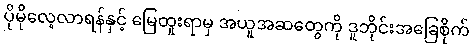
ပိုမိုလေ့လာရန်နှင့် မြေတူးရာမှ အယူအဆတွေကို ဒူဘိုင်းအခြေစိုက်